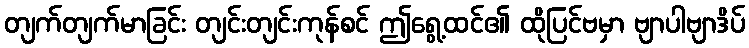
တျက်တျက်မာခြင်း တျင်းတျင်းကုန်စင် ဤရွေ့ထင်၏ ထိုပြင်ဗမှာ ဗျာပါဗျာဒိပ်